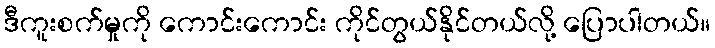
ဒီကူးစက်မှုကို ကောင်းကောင်း ကိုင်တွယ်နိုင်တယ်လို့ ပြောပါတယ်။